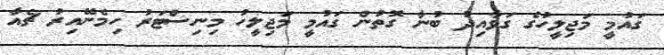
ގައުމީ މަޖިލީހުގެ ގަވާއިދު ބުނާ ގޮތުން ގައުމީ މަޖިލީހު މިނިސްޓަރު ހިމެނޭއިރު ޗެއާ